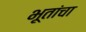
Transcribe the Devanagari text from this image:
भूतांचा